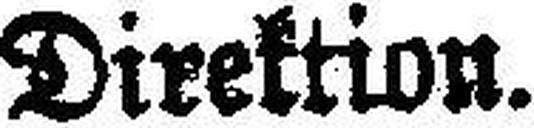
Direktion.